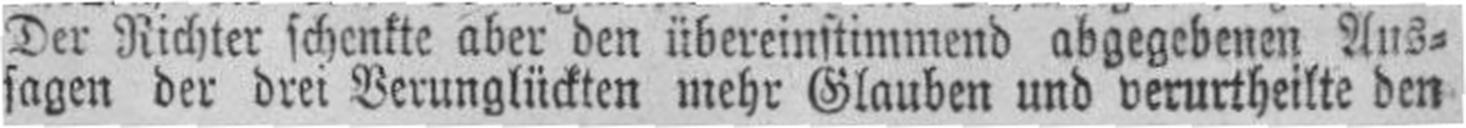
sagen der drei Verunglückten mehr Glauben und verurtheilte den